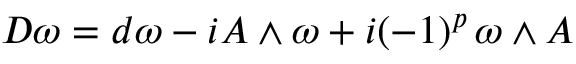
D \omega = d \omega - i A \wedge \omega + i ( - 1 ) ^ { p } \, \omega \wedge A